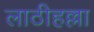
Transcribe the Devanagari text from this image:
लाठीहल्ला